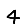
Digit: 4